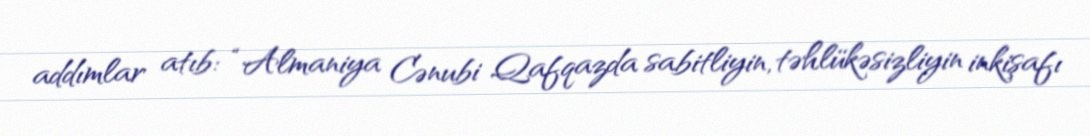
addımlar atıb: “Almaniya Cənubi Qafqazda sabitliyin, təhlükəsizliyin inkişafı